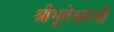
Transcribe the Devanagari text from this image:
श्रीभूतेश्वरजी